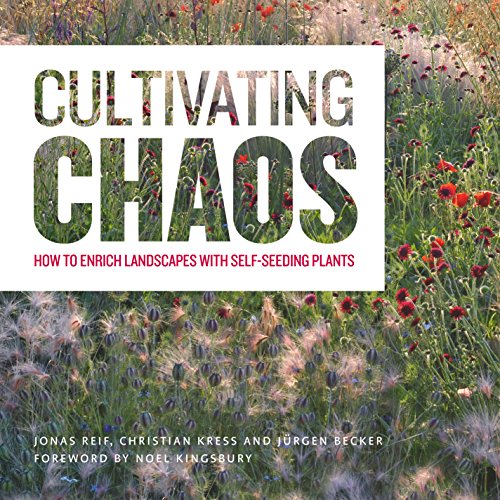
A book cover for Cultivating Chaos: How to Enrich Landscapes with Self-Seeding Plants; Jonas Reif; Crafts, Hobbies & Home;